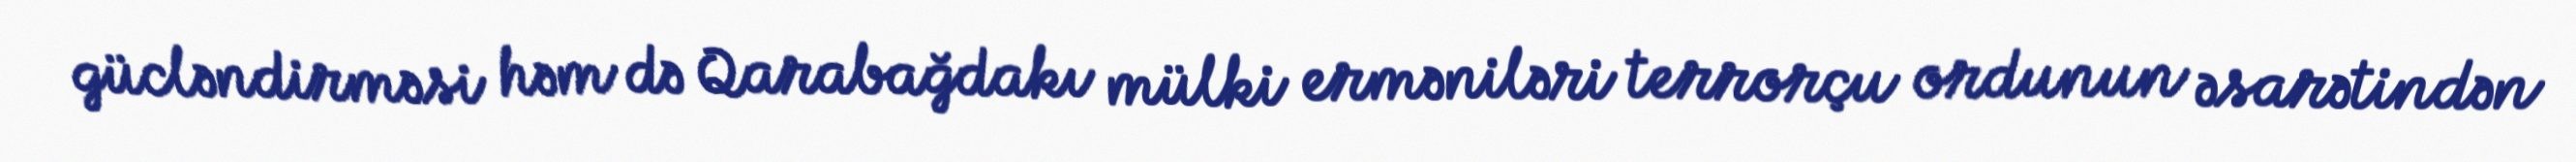
gücləndirməsi həm də Qarabağdakı mülki erməniləri terrorçu ordunun əsarətindən